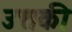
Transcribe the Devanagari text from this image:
उत्तकी